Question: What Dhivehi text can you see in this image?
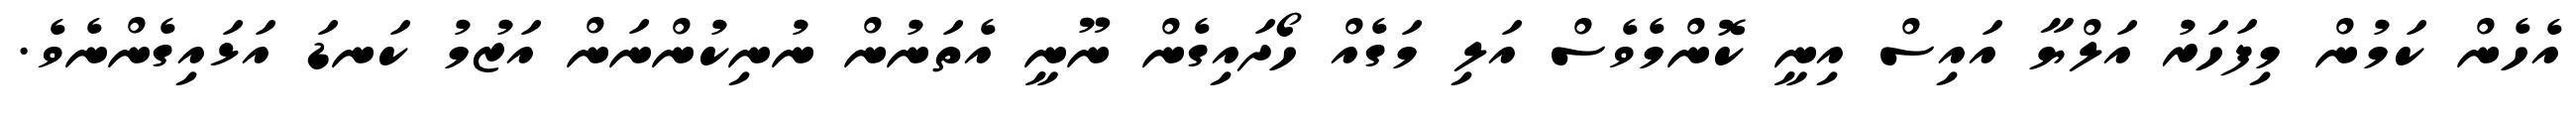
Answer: އެހެން ކަމުން މިފަހަރު އަލްޔާ އައިސް އިނީ ކޮންމެވެސް އަލި މަގެއް ހޯދައިގެން ނޫނީ އެތަނުން ނުނިކުންނަން އަޒުމު ކަނޑަ އަޅައިގެންނެވެ.